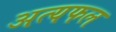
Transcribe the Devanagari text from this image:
अत्यफल